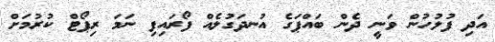
އަދި ފުލުހުން ވަނީ ދެން ބައްޕަގެ އުނދަގުލެއް ފޯރައިފި ނަމަ ރިޕޯޓް ކުުރުމަށް